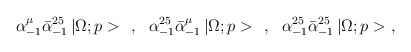
\begin{align*}\alpha^\mu_{-1}\bar{\alpha}^{25}_{-1}\,|\Omega;p>\ \ ,\ \ \alpha^{25}_{-1}\bar{\alpha}^\mu_{-1}\,|\Omega;p>\ \ ,\ \ \alpha^{25}_{-1}\bar{\alpha}^{25}_{-1}\,|\Omega;p>\ ,\end{align*}